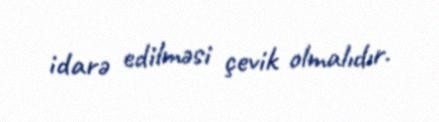
idarə edilməsi çevik olmalıdır.